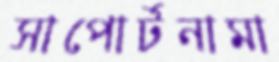
সাপোর্টনামা